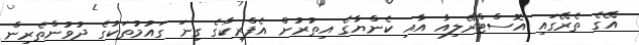
އޭގެ ތެރޭގައި އޮސްޓްރޭލިއާ އާއި ކެންޔާގެ އިތުރުން އެފްރިކާގެ ގިނަ ގައުމުތަކުގެ ދުވުންތެރިން